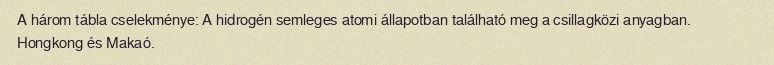
A három tábla cselekménye: A hidrogén semleges atomi állapotban található meg a csillagközi anyagban. Hongkong és Makaó.